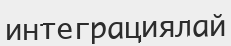
интеграциялай